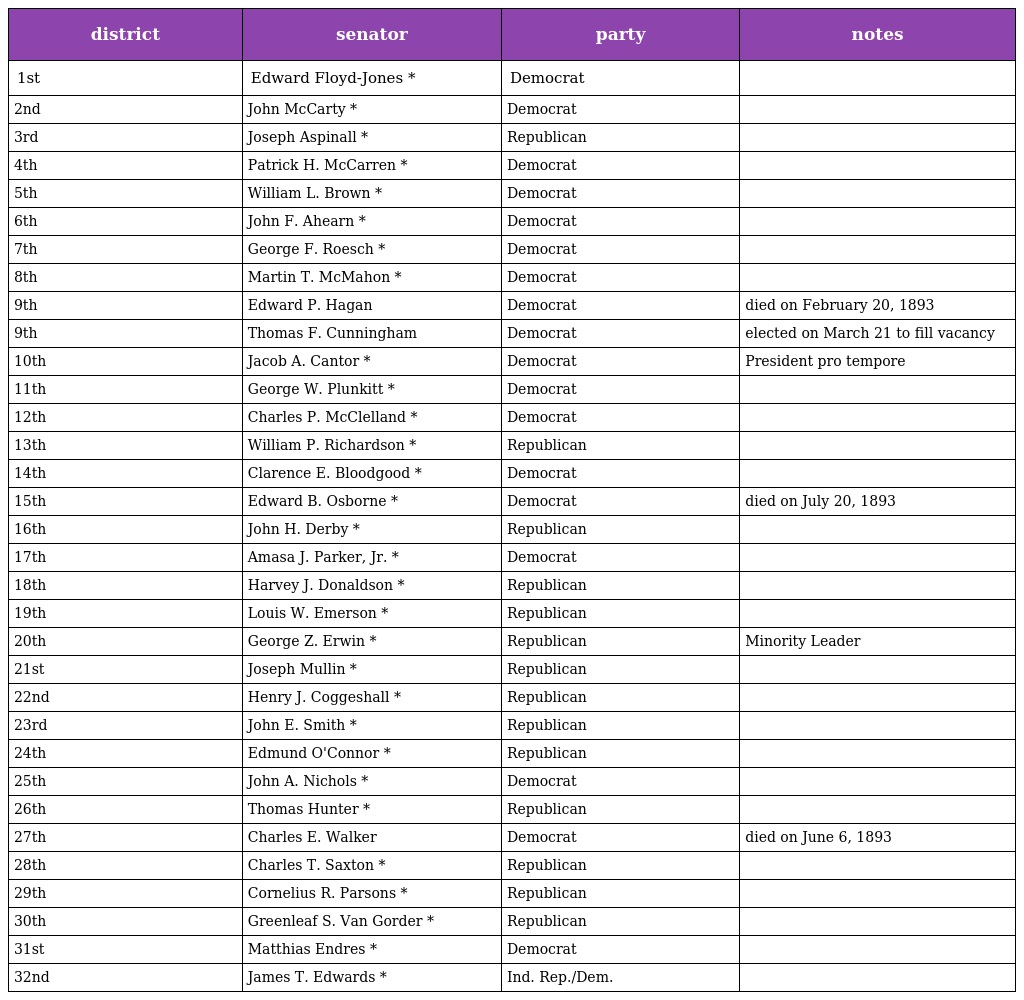
| district | senator | party | notes |
 | --- | --- | --- | --- |
 | 1st | Edward Floyd-Jones * | Democrat |  |
 | 2nd | John McCarty * | Democrat |  |
 | 3rd | Joseph Aspinall * | Republican |  |
 | 4th | Patrick H. McCarren * | Democrat |  |
 | 5th | William L. Brown * | Democrat |  |
 | 6th | John F. Ahearn * | Democrat |  |
 | 7th | George F. Roesch * | Democrat |  |
 | 8th | Martin T. McMahon * | Democrat |  |
 | 9th | Edward P. Hagan | Democrat | died on February 20, 1893 |
 | 9th | Thomas F. Cunningham | Democrat | elected on March 21 to fill vacancy |
 | 10th | Jacob A. Cantor * | Democrat | President pro tempore |
 | 11th | George W. Plunkitt * | Democrat |  |
 | 12th | Charles P. McClelland * | Democrat |  |
 | 13th | William P. Richardson * | Republican |  |
 | 14th | Clarence E. Bloodgood * | Democrat |  |
 | 15th | Edward B. Osborne * | Democrat | died on July 20, 1893 |
 | 16th | John H. Derby * | Republican |  |
 | 17th | Amasa J. Parker, Jr. * | Democrat |  |
 | 18th | Harvey J. Donaldson * | Republican |  |
 | 19th | Louis W. Emerson * | Republican |  |
 | 20th | George Z. Erwin * | Republican | Minority Leader |
 | 21st | Joseph Mullin * | Republican |  |
 | 22nd | Henry J. Coggeshall * | Republican |  |
 | 23rd | John E. Smith * | Republican |  |
 | 24th | Edmund O'Connor * | Republican |  |
 | 25th | John A. Nichols * | Democrat |  |
 | 26th | Thomas Hunter * | Republican |  |
 | 27th | Charles E. Walker | Democrat | died on June 6, 1893 |
 | 28th | Charles T. Saxton * | Republican |  |
 | 29th | Cornelius R. Parsons * | Republican |  |
 | 30th | Greenleaf S. Van Gorder * | Republican |  |
 | 31st | Matthias Endres * | Democrat |  |
 | 32nd | James T. Edwards * | Ind. Rep./Dem. |  |